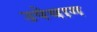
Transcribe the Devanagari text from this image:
उपेयाग